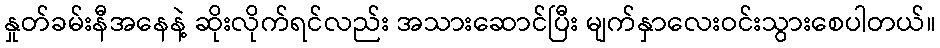
နှုတ်ခမ်းနီအနေနဲ့ ဆိုးလိုက်ရင်လည်း အသားဆောင်ပြီး မျက်နှာလေးဝင်းသွားစေပါတယ်။